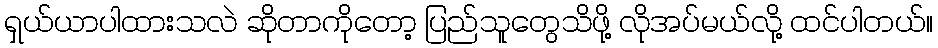
ရှယ်ယာပါထားသလဲ ဆိုတာကိုတော့ ပြည်သူတွေသိဖို့ လိုအပ်မယ်လို့ ထင်ပါတယ်။